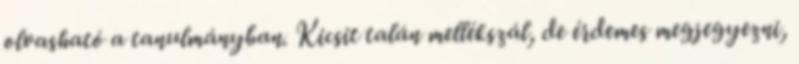
olvasható a tanulmányban. Kicsit talán mellékszál, de érdemes megjegyezni,